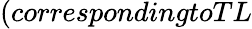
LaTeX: (correspondingtoTL